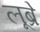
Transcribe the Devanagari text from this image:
लूब्रे